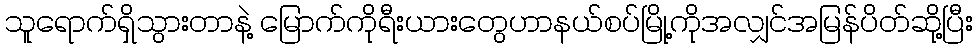
သူရောက်ရှိသွားတာနဲ့ မြောက်ကိုရီးယားတွေဟာနယ်စပ်မြို့ကိုအလျှင်အမြန်ပိတ်ဆို့ပြီး